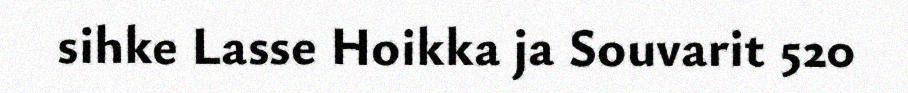
sihke Lasse Hoikka ja Souvarit 520